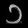
Digit: ၁